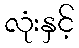
လုံးနှင့်